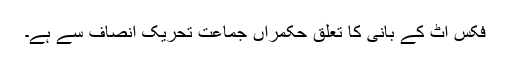
فکس اٹ کے بانی کا تعلق حکمراں جماعت تحریک انصاف سے ہے۔